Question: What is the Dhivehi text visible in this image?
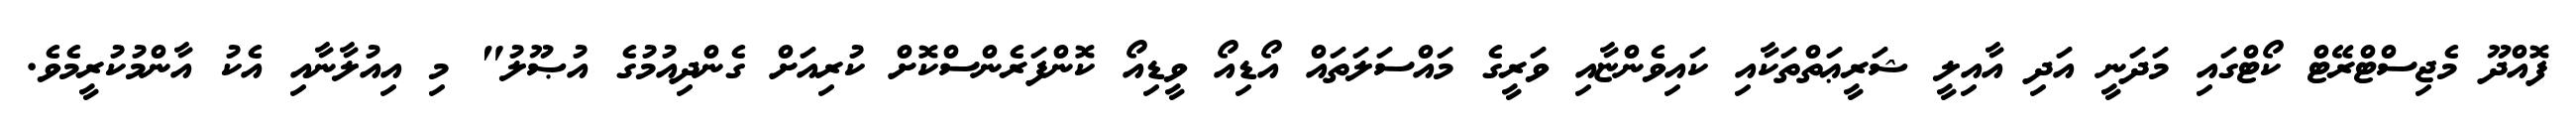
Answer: ފޮއްދޫ މެޖިސްޓްރޭޓް ކޯޓްގައި މަދަނީ އަދި އާއިލީ ޝަރީޢަތްތަކާއި ކައިވެންޏާއި ވަރީގެ މައްސަލަތައް އޯޑިއޯ ވީޑިއޯ ކޮންފަރެންސްކޮށް ކުރިއަށް ގެންދިއުމުގެ އުޞޫލު" މި އިއުލާނާއި އެކު އާންމުކުރީމެވެ.